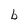
Character: l